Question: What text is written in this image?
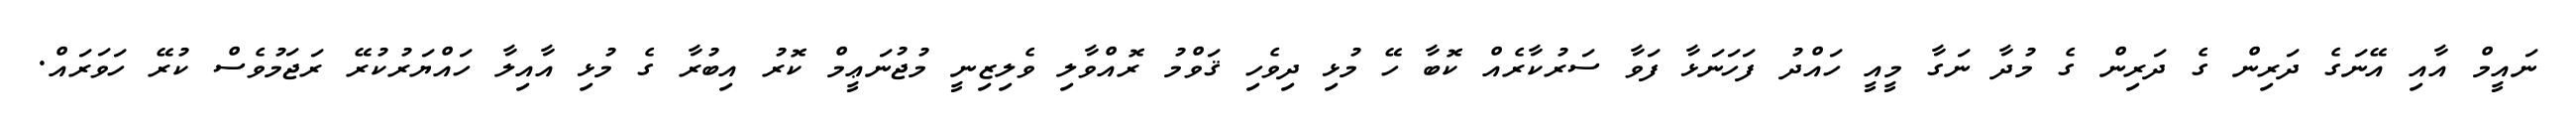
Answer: ނައީމް އާއި އޭނަގެ ދަރިން ގެ ދަރިން ގެ މުދާ ނަގާ މީއީ ހައްދު ފަހަނަޅާ ފަވާ ސަރުކާރެއް ކޮބާ ހޭ މުޅި ދިވެހި ޤަވްމު ރޮއްވާލި ވެލިޒިނީ މުޖުނަޢީމް ކޮރު އިބުރާ ގެ މުޅި އާއިލާ ހައްޔަރުކުރޭ ރަޖަމުވެސް ކުރޭ ހަވަރައް.